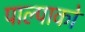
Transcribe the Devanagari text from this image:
पाल्पाको